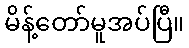
မိန့်တော်မူအပ်ပြီ။